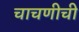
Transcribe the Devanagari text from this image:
चाचणीची